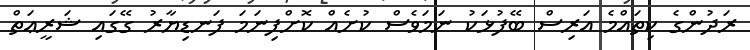
ރަދުންގެ ކިތައްމެ އަރިސް ބޭފުޅަކު ނަމަވެސް ކުށެއް ކޮށްފިނަމަ ފަނޑިޔާރު ގޭގައި ޝަރީޢަތް